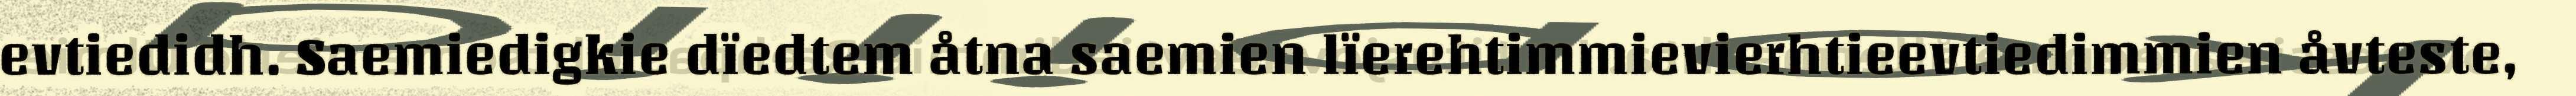
evtiedidh. Saemiedigkie dïedtem åtna saemien lïerehtimmievierhtieevtiedimmien åvteste,